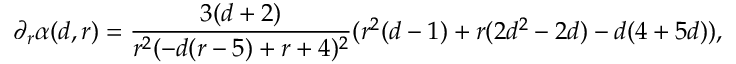
\partial _ { r } \alpha ( d , r ) = \frac { 3 ( d + 2 ) } { r ^ { 2 } ( - d ( r - 5 ) + r + 4 ) ^ { 2 } } ( r ^ { 2 } ( d - 1 ) + r ( 2 d ^ { 2 } - 2 d ) - d ( 4 + 5 d ) ) ,